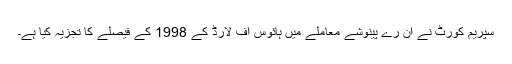
سپریم کورٹ نے ان رے پینوشے معاملے میں ہائوس آف لارڈ کے 1998 کے فیصلے کا تجزیہ کیا ہے۔